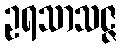
ဥရသာသဇ္ဇ